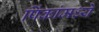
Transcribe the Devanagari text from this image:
पिंकांमध्ये